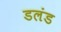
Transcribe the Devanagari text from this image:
डलंड